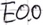
Text: E0.0